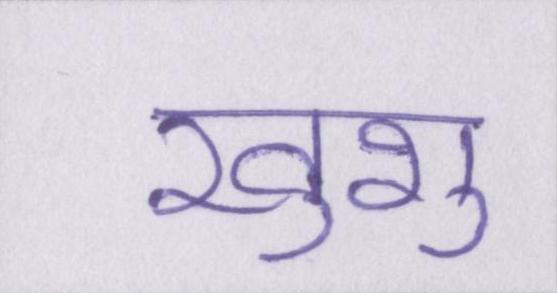
खुशु